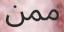
ممن